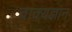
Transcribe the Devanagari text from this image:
वाक्यज्ञान